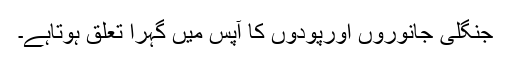
جنگلی جانوروں اورپودوں کا آپس میں گہرا تعلق ہوتاہے۔